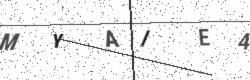
Text: MYAIE4